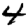
Digit: 4